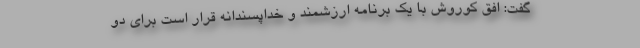
گفت: افق کوروش با یک برنامه ارزشمند و خداپسندانه قرار است برای دو